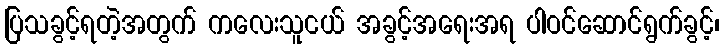
ပြသခွင့်ရတဲ့အတွက် ကလေးသူငယ် အခွင့်အရေးအရ ပါဝင်ဆောင်ရွက်ခွင့်၊